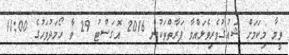
ވީމާ މިކަމަށް ޝައުޤުވެރިވެލައްވާ ފަރާތްތަކުން 2016 އޮގަސްޓު 29 ވާ ހޯމަދުވަހުގެ 11:00